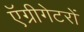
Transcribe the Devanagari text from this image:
ऍग्रीगेटरों